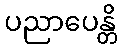
ပညာပေန္တိ